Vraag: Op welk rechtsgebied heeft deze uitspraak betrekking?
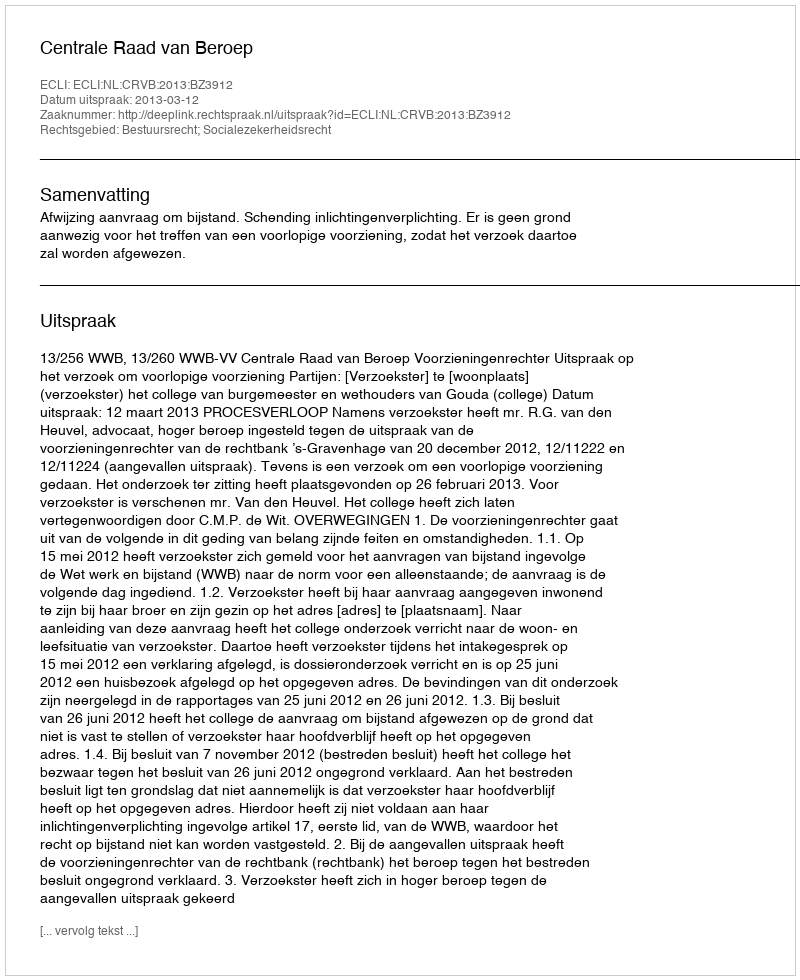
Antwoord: Bestuursrecht; Socialezekerheidsrecht